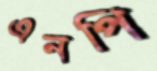
এনপি